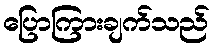
ပြောကြားချက်သည်